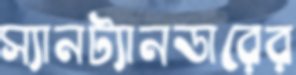
স্যানট্যানডারের